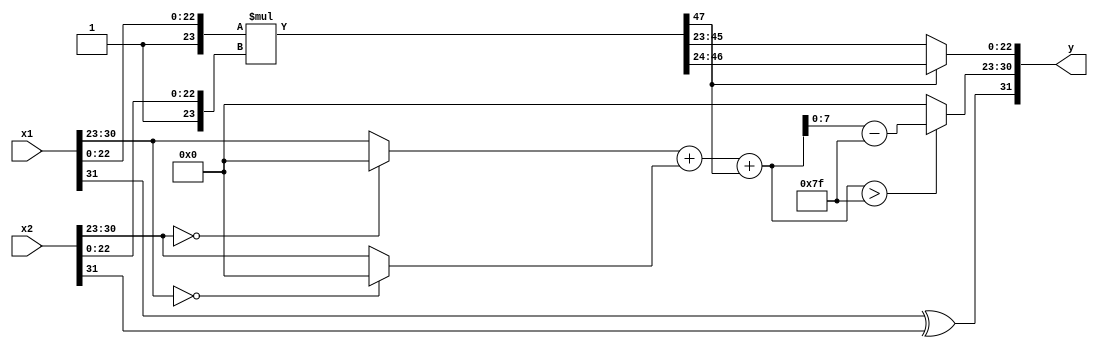

module fmul(
    input wire [31:0] x1,
    input wire [31:0] x2,
    output wire [31:0] y);

    wire s1,s2,sy;
    wire [7:0] e1,e2,ey;
    wire [22:0] m1,m2,my;
    assign s1 = x1[31:31];
    assign e1 = x1[30:23];
    assign m1 = x1[22:0];
    assign s2 = x2[31:31];
    assign e2 = x2[30:23];
    assign m2 = x2[22:0];

    assign sy = s1 ^ s2;

    // 2^23 <= {1,m1} < 2^24  {1,m1} * {1,m2} 4748
    wire [47:0] mya;
    assign mya = {1'b1,m1} * {1'b1,m2};

    wire a;
    assign a = mya[47:47];
    assign my = (a) ? mya[46:24]: mya[45:23];

    wire [7:0] e1a,e2a;
    assign e1a = (e2 == 8'b0) ? 0: e1;
    assign e2a = (e1 == 8'b0) ? 0: e2; 

    wire [8:0] eya;
    assign eya = e1a + e2a + a;
    assign ey = (eya > 9'd127) ? eya - 9'd127: 0;
		
    assign y = {sy,ey,my};

endmodule